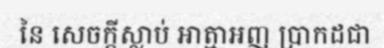
នៃ សេចក្តីស្លាប់ ឤត្មាអញ ប្រាកដជា